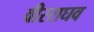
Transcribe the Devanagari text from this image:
वीरराघव